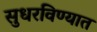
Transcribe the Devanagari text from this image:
सुधरविण्यात